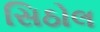
સિઠોલ